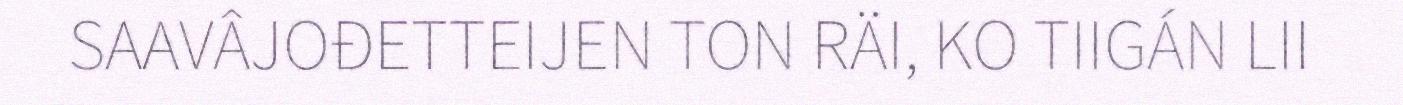
SAAVÂJOĐETTEIJEN TON RÄI, KO TIIGÁN LII